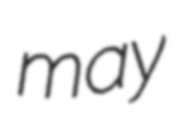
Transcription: may